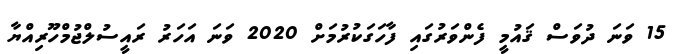
15 ވަނަ ދުވަސް ޤައުމީ ފެންވަރުގައި ފާހަގަކުރުމަށް 2020 ވަނަ އަހަރު ރައީސުލްޖުމްހޫރިއްޔާ